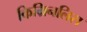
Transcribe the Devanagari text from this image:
किम्रिनलिस